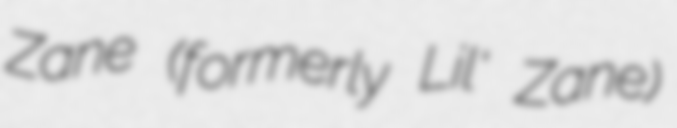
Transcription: Zane (formerly Lil' Zane)